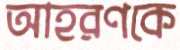
আহরণকে